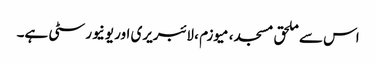
اس سے ملحق مسجد، میوزم ، لائبریری اور یونیورسٹی ہے۔